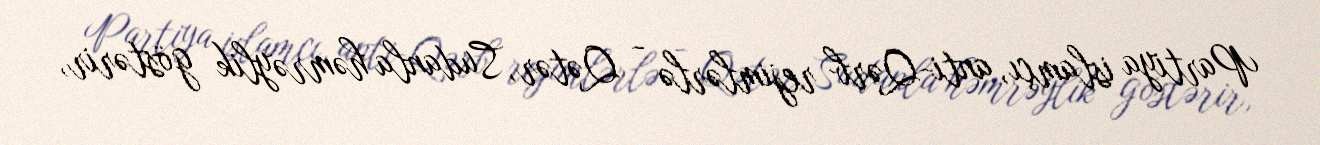
Partiya islamçı, anti-Qərb rejimlərlə - Qətər, Sudanla həmrəylik göstərir,